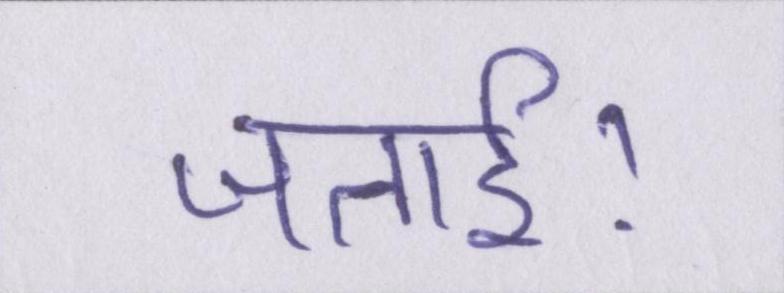
जताई।